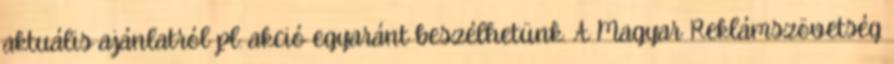
aktuális ajánlatról pl. akció egyaránt beszélhetünk. A Magyar Reklámszövetség